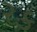
રક